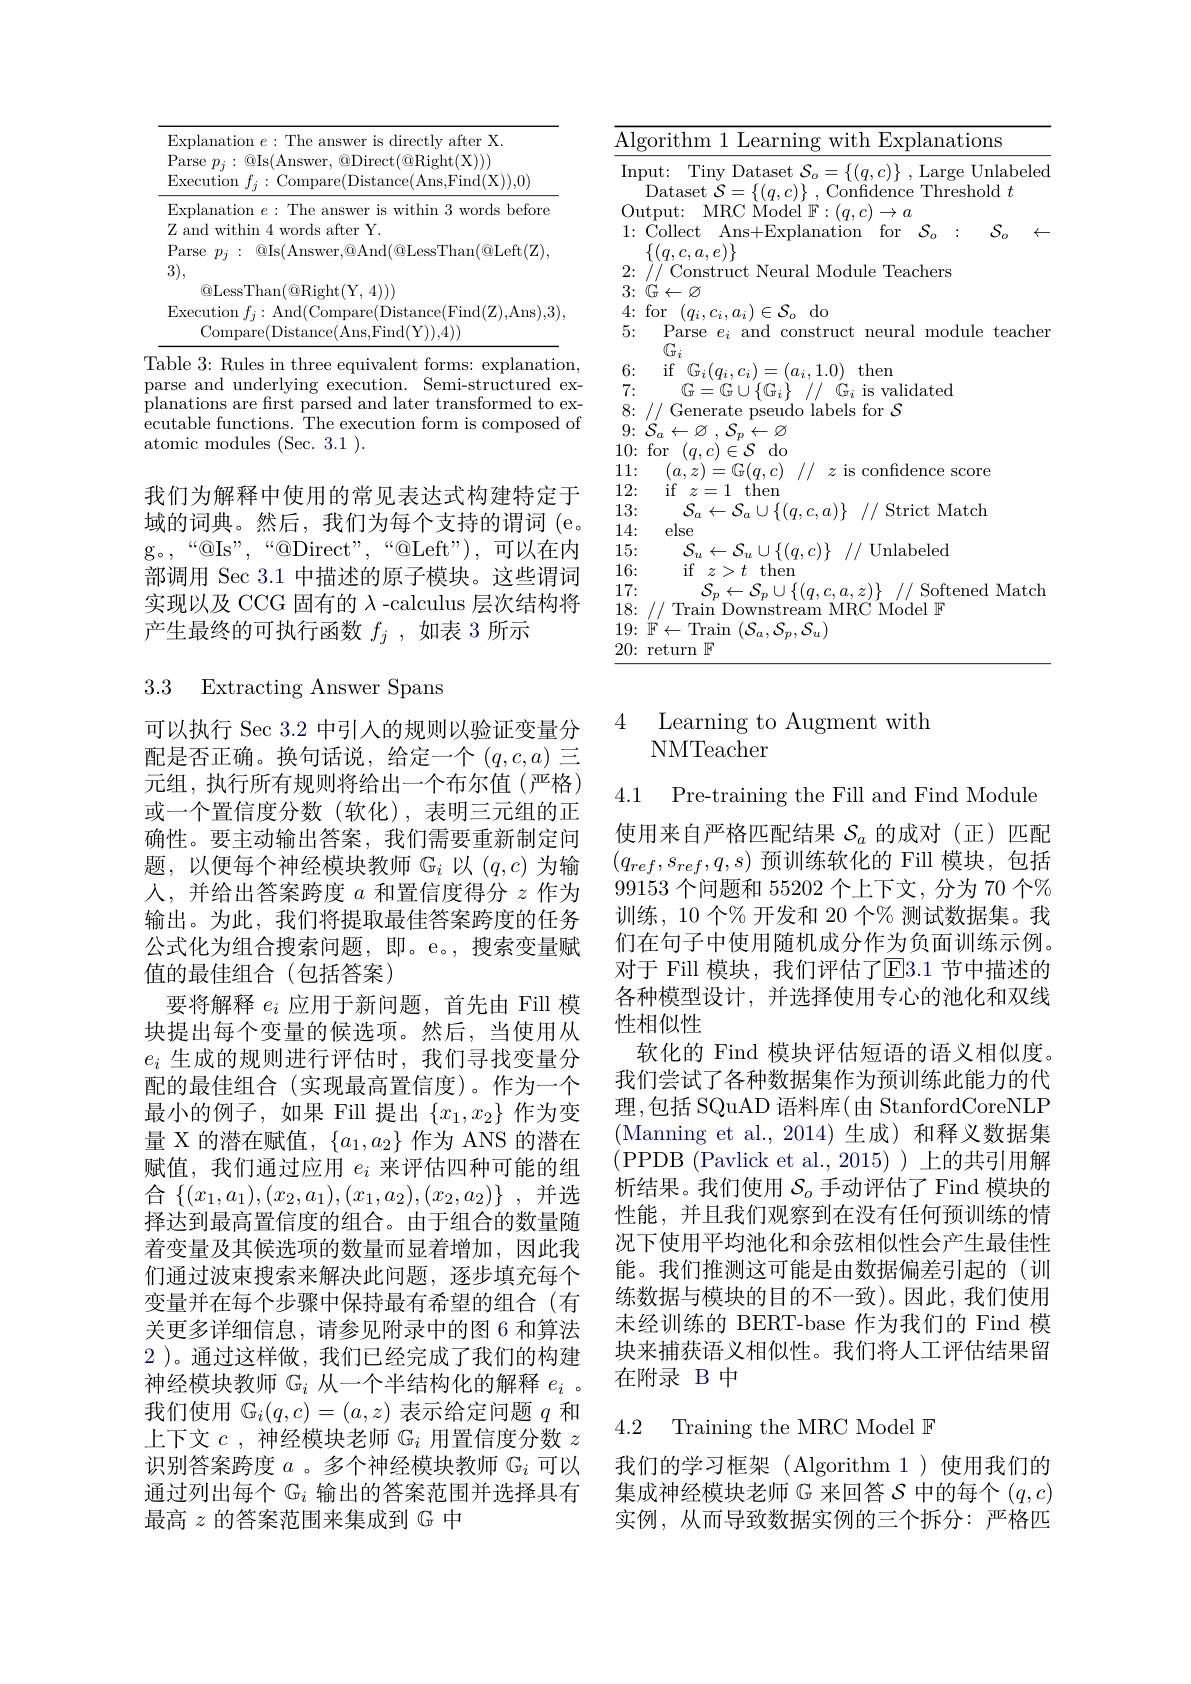
<table>
	<tbody>
		<tr>
			<td>1</td>
			<td>$\cdot X$</td>
		</tr>
		<tr>
			<td>$\mathbf{F}$</td>
			<td>$m|s|f$ $(0)R_{10}$ $rht(X)$</td>
		</tr>
		<tr>
			<td>E 1</td>
			<td>$\operatorname{ition}f_{j}:\operatorname{Compare}(\operatorname{Distance}(\operatorname{Ans,Find}(\mathcal{X})),0)$</td>
		</tr>
		<tr>
			<td>E</td>
			<td>unation $e:$The answer is within 3 words before</td>
		</tr>
		<tr>
			<td>$\angle L$</td>
			<td>afterY. withi</td>
		</tr>
		<tr>
			<td>$I$</td>
			<td> </td>
		</tr>
		<tr>
			<td>3 -</td>
			<td> </td>
		</tr>
		<tr>
			<td> </td>
			<td>4))</td>
		</tr>
		<tr>
			<td>1 1 1 $F$</td>
			<td> </td>
		</tr>
		<tr>
			<td> </td>
			<td> </td>
		</tr>
	</tbody>
</table>
Table 3: Rules in three equivalent forms: explanation,

parse and underlying execution. Semi-structured explanations are first parsed and later transformed to executable functions. The execution form is composed of atomic modules (Sec. 3. 1 ).

我们为解释中使用的常见表达式构建特定于域的词典。然后，我们为每个支持的谓词 (e. g。,“@Is”,“@Direct",“@Left"),可以在内部调用 Sec 3.1 中描述的原子模块。这些谓词实现以及 CCG 固有的$\lambda$ -calculus 层次结构将产生最终的可执行函数$f_j$,如表 3 所示

3.3 Extracting Answer Spans

可以执行 Sec 3.2 中引入的规则以验证变量分配是否正确。换句话说，给定一个$(q,c,a)$三元组，执行所有规则将给出一个布尔值(严格) 或一个置信度分数(软化),表明三元组的正确性。要主动输出答案，我们需要重新制定问题，以便每个神经模块教师$\mathbb{G}_i$以$(q,c)$为输人，并给出答案跨度$a$和置信度得分$z$作为输出。为此，我们将提取最佳答案跨度的任务公式化为组合搜索问题，即。e。,搜索变量赋值的最佳组合(包括答案)
要将解释$e_i$应用于新问题，首先由 Fill 模块提出每个变量的候选项。然后，当使用从$e_i$生成的规则进行评估时，我们寻找变量分配的最佳组合(实现最高置信度)。作为一个最小的例子，如果 Fill 提出$\{x_1,x_2\}$作为变量 X 的潜在赋值，$\{a_1,a_2\}$作为 ANS 的潜在赋值，我们通过应用$e_i$来评估四种可能的组合$\{(x_1,a_1),(x_2,a_1),(x_1,a_2),(x_2,a_2)\}$,并选择达到最高置信度的组合。由于组合的数量随着变量及其候选项的数量而显着增加，因此我们通过波束搜索来解决此问题，逐步填充每个变量并在每个步骤中保持最有希望的组合(有关更多详细信息，请参见附录中的图 6 和算法2 )。通过这样做，我们已经完成了我们的构建神经模块教师$\mathbb{G}_i$从一个半结构化的解释$e_i$ 。我们使用$\mathbb{G}_i(q,c)=(a,z)$表示给定问题$q$和上下文$c$,神经模块老师$G_i$用置信度分数$z$ 识别答案跨度$a$ 。多个神经模块教师$\mathbb{G}_i$可以通过列出每个$\mathbb{G}_i$输出的答案范围并选择具有最高$z$的答案范围来集成到$\mathbb{G}$中

<table>
	<tbody>
		<tr>
			<td>$\overline{\mathrm{Al}_{\xi}}$</td>
			<td>gorithm 1 Learning with Explanations</td>
			<td>$\operatorname{ations}$</td>
		</tr>
		<tr>
			<td>$\operatorname{InF}$</td>
			<td>put: Tiny Dataset $\mathcal{S}_o=\{(q,c)\}$ ,Large Unlabeled Dataset $\mathcal{S} = \{ ( q, c) \}$ , Confidence Threshold $t$</td>
			<td>Unlabe rge $\operatorname{reshold}$ 1 $t$</td>
		</tr>
		<tr>
			<td>0. 111 1 1</td>
			<td>utnut MRC Model 1 $1H$ </td>
			<td> </td>
		</tr>
		<tr>
			<td>1:</td>
			<td>Collect Ans+ Explanation for $S_{a}$ $\{(q,c,a,e)\}$</td>
			<td>$S_{o}$</td>
		</tr>
		<tr>
			<td>4: 5:</td>
			<td>for $( q_i, c_i, a_i) \in \mathcal{S} _o$do Parse $e_i$ and construct neural module teachen T</td>
			<td>$\operatorname{lodule}$ teacl</td>
		</tr>
		<tr>
			<td>6: 7:</td>
			<td>if $\mathbb{G} _{i}( q_{i}, c_{i}) = ( a_{i}, 1. 0)$ then $\mathbb{G}=\mathbb{G}\cup\{\mathbb{G}_{i}\}$ 1// $\mathbb{G}_{i}$ is validated</td>
			<td></td>
		</tr>
		<tr>
			<td>11: 1</td>
			<td>$1/f$ 7 H score</td>
			<td>SCOre P</td>
		</tr>
		<tr>
			<td>12:</td>
			<td>if $z$ $\because$ 1 then 一</td>
			<td> </td>
		</tr>
		<tr>
			<td>13:</td>
			<td>Strict Match $\frac{1}{2}=\frac{1}{2}$</td>
			<td>Match</td>
		</tr>
		<tr>
			<td>14: </td>
			<td>else</td>
			<td> </td>
		</tr>
		<tr>
			<td>15: 1</td>
			<td>1 $-N.1$ $\left|\left|a\right.r\right|$ Unlabeled</td>
			<td>{:}d</td>
		</tr>
		<tr>
			<td>16:</td>
			<td>if $z>t$ then </td>
			<td> </td>
		</tr>
		<tr>
			<td>17:</td>
			<td>$-N_{m}|$ Softened Match</td>
			<td>ftened Mat</td>
		</tr>
		<tr>
			<td>18</td>
			<td>lraim MRI $\because$Model $\mathbb{R}$ ream</td>
			<td>$F$</td>
		</tr>
		<tr>
			<td>19:</td>
			<td>$\leftarrow^{\prime}$lraim $^{\prime}\mathcal{S}_{a},\mathcal{S}_{n},\mathcal{S}_{n})$</td>
			<td> </td>
		</tr>
	</tbody>
</table>

4 Learning to Augment with
NMTeacher

4.1 Pre-training the Fill and Find Module 使用来自严格匹配结果$\mathcal{S}_a$的成对(正)匹配$(q_{ref},s_{ref},q,s)$预训练软化的 Fill 模块，包括99153个问题和 55202 个上下文，分为 70 个% 训练，10 个$\%$ 开发和 20 个% 测试数据集。我们在句子中使用随机成分作为负面训练示例。对于 Fill 模块，我们评估了E3.1 节中描述的各种模型设计，并选择使用专心的池化和双线性相似性
软化的 Find 模块评估短语的语义相似度。我们尝试了各种数据集作为预训练此能力的代理，包括 SQuAD 语料库(由 StanfordCoreNLP (Manning et al.,2014)生成)和释义数据集析结果。我们使用$\mathcal{S}_o$手动评估了 Find 模块的性能，并且我们观察到在没有任何预训练的情况下使用平均池化和余弦相似性会产生最佳性能。我们推测这可能是由数据偏差引起的(训练数据与模块的目的不一致)。因此，我们使用未经训练的 BERT-base 作为我们的 Find 模块来捕获语义相似性。我们将人工评估结果留在附录 B 中

## 4.2 Training the MRC Model $\mathbb{F}$

我们的学习框架(Algorithm 1)使用我们的集成神经模块老师$\mathbb{G}$来回答$\mathcal{S}$中的每个$(q,c)$ 实例，从而导致数据实例的三个拆分：严格匹